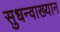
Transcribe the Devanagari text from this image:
सुधन्वाख्यान